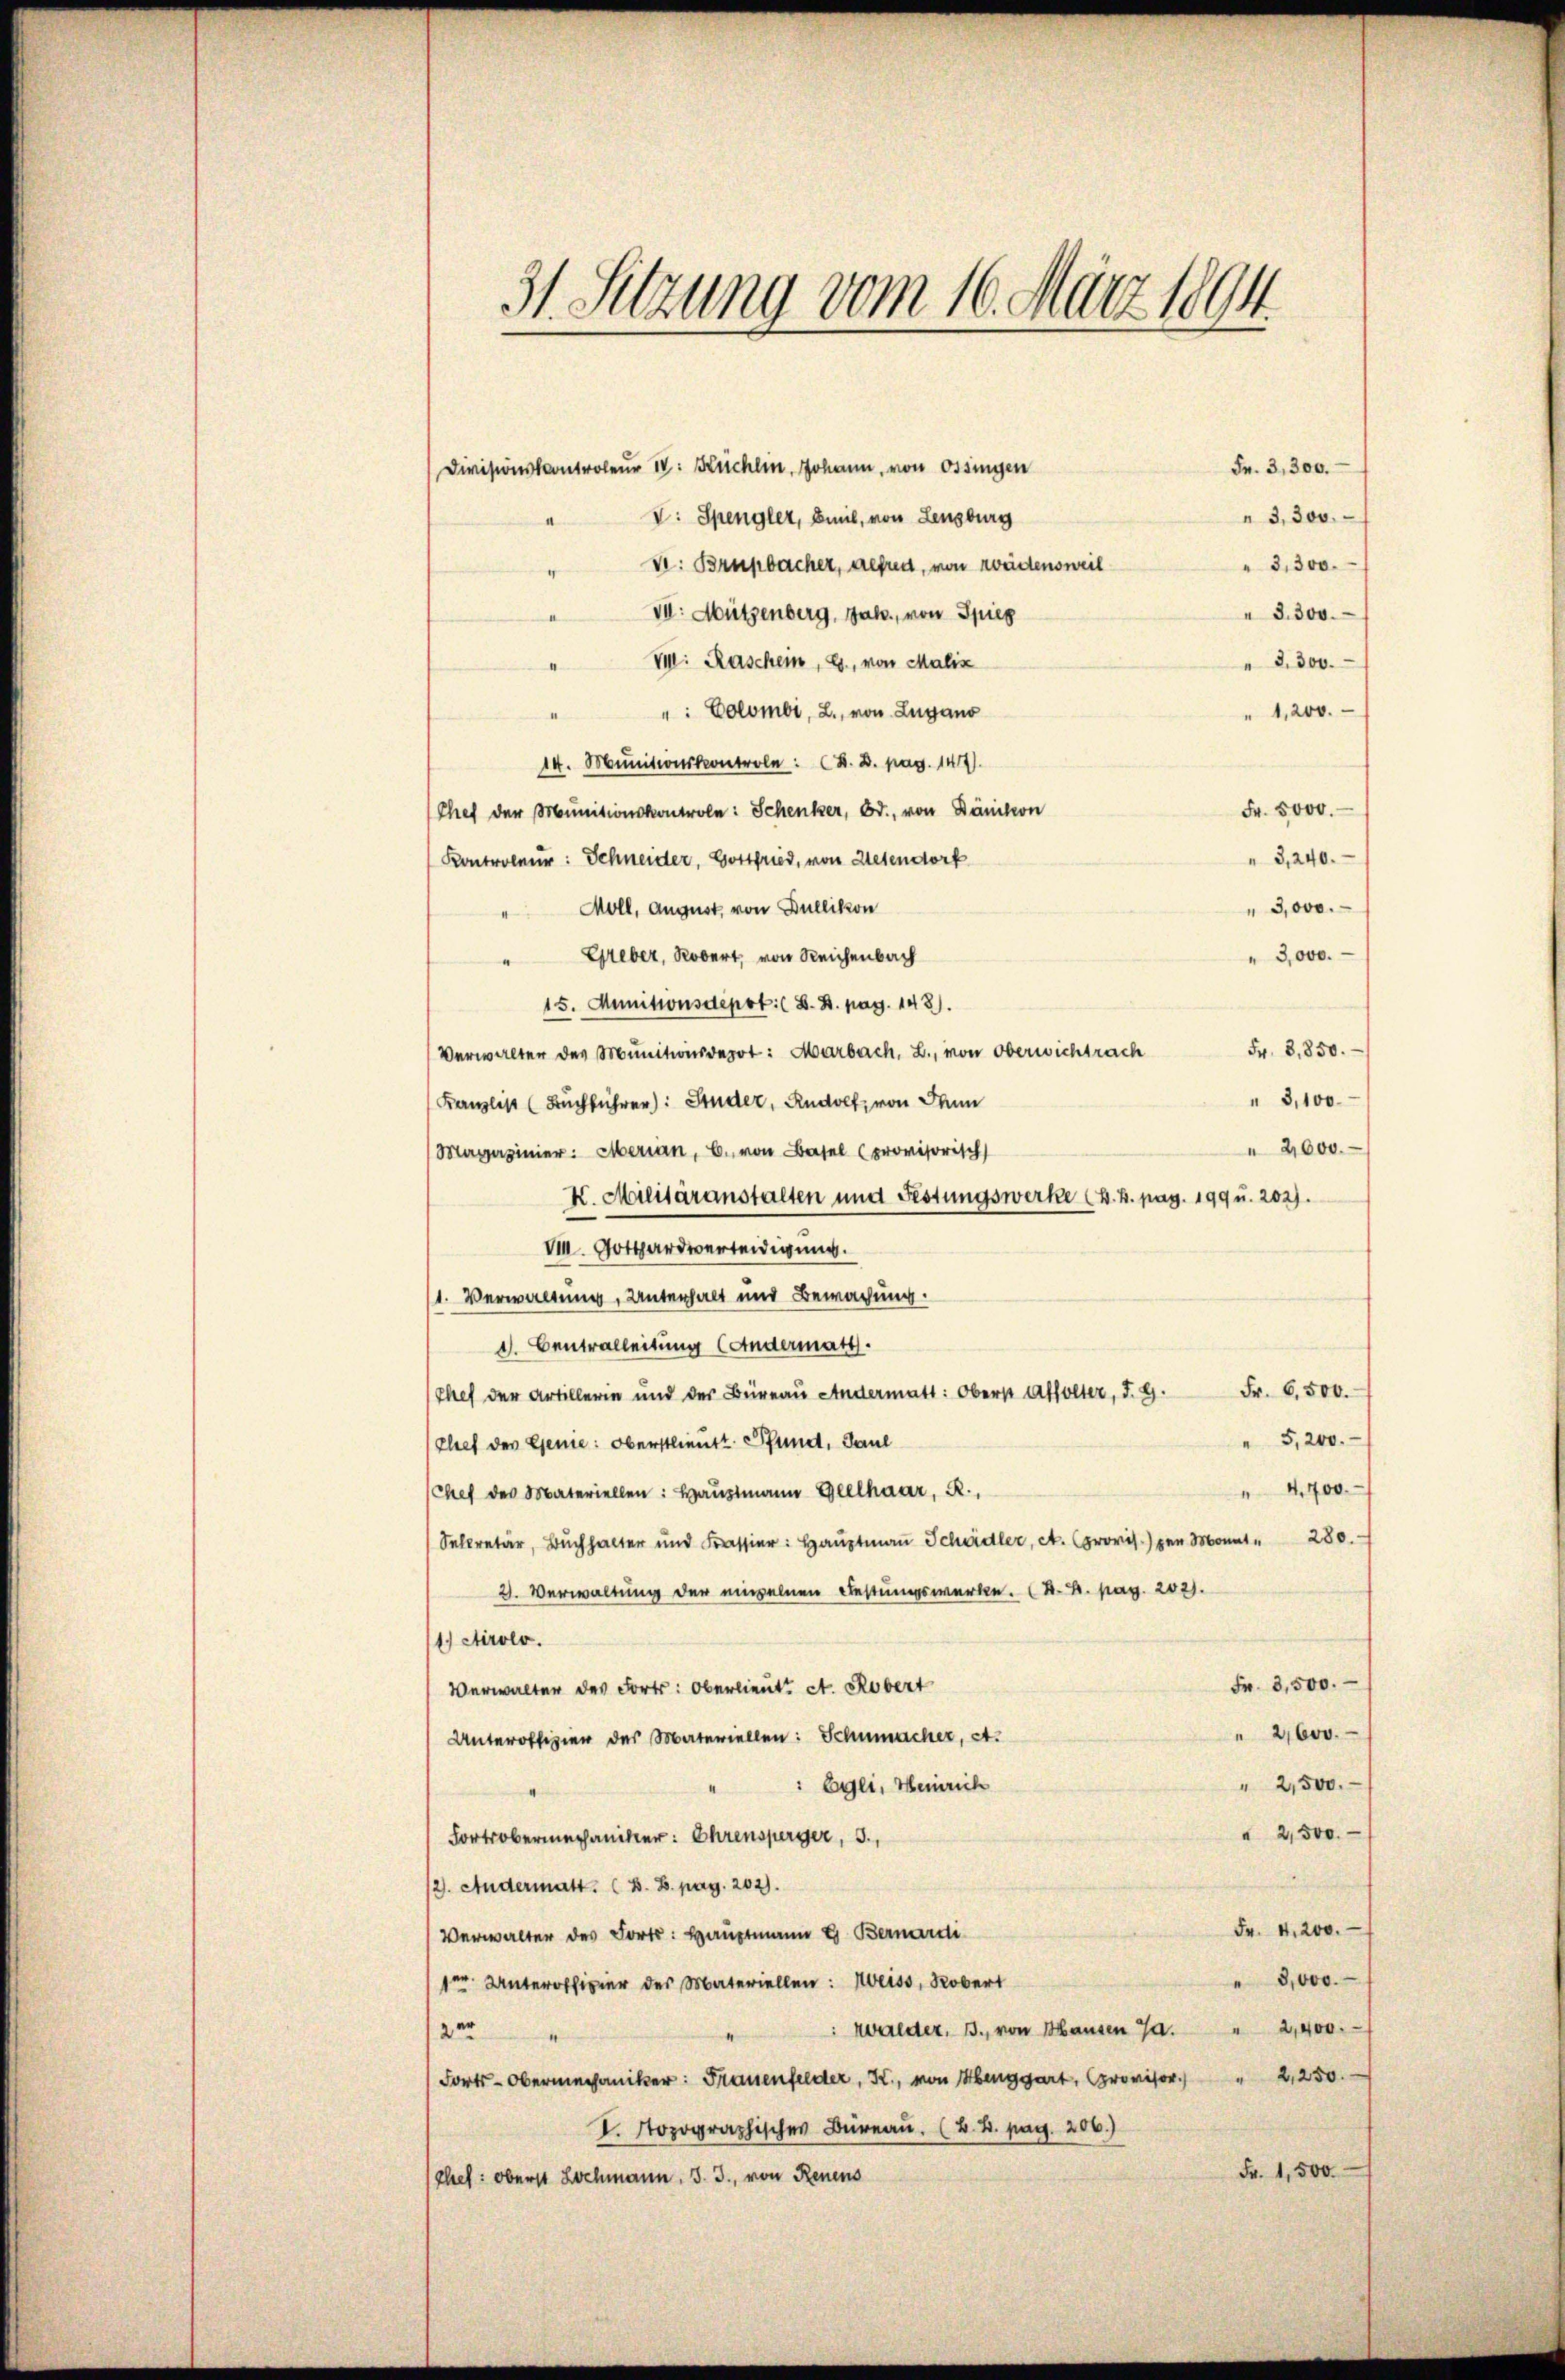
31. Sitzung vom 16. März 1894

Divisionskontroleur IV: Kuchlin, Johann, von Ossingen
Fr. 3,300.
" 3,300.
V: Spengler, Beil, von Lenzburg
" 3,300.
S: Brupbacher, gebra, von zweidensweil
VII. Mützenberg, Jak., von Spieg
 3300.
VII. Raschem, G., von Malix
" 8300.
": Colombi, L., von Lugano
" 1,200.
14. Munitionskontrole: K. D. pag. 1417)
Fr. 5000.
Chef der Munitionskontrole: Schenker, Bd., von Dänikon
" 3,240.
Kontroleur: Schneider, Gottfried, von Helendorf
3,000.
Moll, August von Dullikon
3,000.
" Greber, Robert, von Reichenbach
15. Munitionsdepot. (S. B. pag. 148).
Fr. 3,850.
Verwalter des Munitionsdepot: Marbach, L., von Oberwichtrach
" 3,100
Kanzlist (Buchführer: Studer, Rudolf, von dann
2,600.
Magazinier: Merian, C. von Basel (provisorisch
K. Militäranstalten und Festungswerke (d. h. pag. 199 u. 202).
V. Gothardverteidigung.
1. Verwaltung, Unterhalt und Bewachung.
1. Centralleitung (Andermatt.
Chef der Artillerin und der Büreau Andermatt: Oberst Affolter, d. G. Fr. 6500.
" 5,200.
Chef der Genie: Oberstlieutt Pfund, Paul
4,700.
(Chef des Materiellen: Haŭptmann Glelhaar, R.,
Selcretär, Buchhalter und Krassier: Haŭptmaṅ Schädler, c. provis) den Monat " 280.
2. Verwaltung der einzelnen Festungswerke. K. K. pag. 202).
1.) Airolo.
Fr. 3,500.
Verwalter des Forts: Oberlieut. A. Robert
2,600.
Unteroffizier des Materiellen: Schumacher, A.
" 2,500.
 Egli, Heinrich
" 2,500.
Fortsoberechaniker: Ehrensperger, 3.,
12). Andermatt. (B. B. pag. 202).
Fr. 4,200.
Verwalter des Forts: Hauptmann G. Bernardi
" 8,000.
1ten Unteroffizier des Materiellen: Weiss, Robert
: Walder. B., von Hausen Ja. " 2,400.
zer
Fort-Obermechaniker: Frauenfelder, K., von Henggart, provisor.) " 2,250.
I Nopographisches Büreau. (B.B. pag. 206.)
Fr. 1,500
Chet: oberst Lochmann. J. J., von Renens